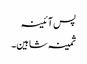
پس آئینہ
ثمینہ شاہین۔